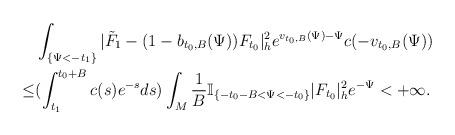
LaTeX: \begin{align*} & \int_{\{\Psi<-t_1\}}|\tilde{F}_1-(1-b_{t_0,B}(\Psi))F_{t_0}|^2_he^{v_{t_0,B}(\Psi)-\Psi}c(-v_{t_0,B}(\Psi)) \\ \le & (\int_{t_1}^{t_0+B}c(s)e^{-s}ds) \int_{M}\frac{1}{B}\mathbb{I}_{\{-t_0-B<\Psi<-t_0\}}|F_{t_0}|^2_he^{-\Psi}<+\infty. \end{align*}